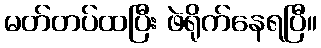
မတ်တပ်ထပြီး ဖဲရိုက်နေရပြီ။